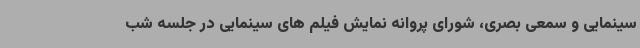
سینمایی و سمعی بصری، شورای پروانه نمایش فیلم های سینمایی در جلسه شب